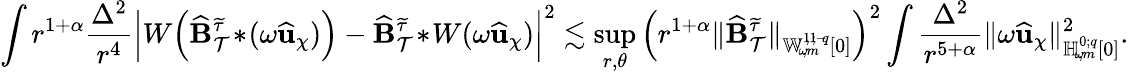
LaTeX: \int r^{1+\alpha}\frac{\Delta^{2}}{r^{4}}\left|W\! \left(\widehat{\mathbf{B}}_{\mathcal{T}}^{\widetilde{\tau}}\! *\! (\omega\widehat{\mathbf{u}}_{\chi})\right)-\widehat{\mathbf{B}}_{\mathcal{T}}^{\widetilde{\tau}}\! *\! W(\omega\widehat{\mathbf{u}}_{\chi})\right|^{2}\lesssim\operatorname*{sup}_{r,\theta}\Big(r^{1+\alpha}\lVert\widehat{\mathbf{B}}_{\mathcal{T}}^{\widetilde{\tau}}\rVert_{{\mathbb{W}_{\! \omega\! ,m}^{1\! ,1\! ;{-\! q}}}[0]}\Big)^{2}\int\frac{\Delta^{2}}{r^{5+\alpha}}\lVert\omega\widehat{\mathbf{u}}_{\chi}\rVert_{{\mathbb{H}_{\! \omega\! ,m}^{0;{q}}}[0]}^{2}.